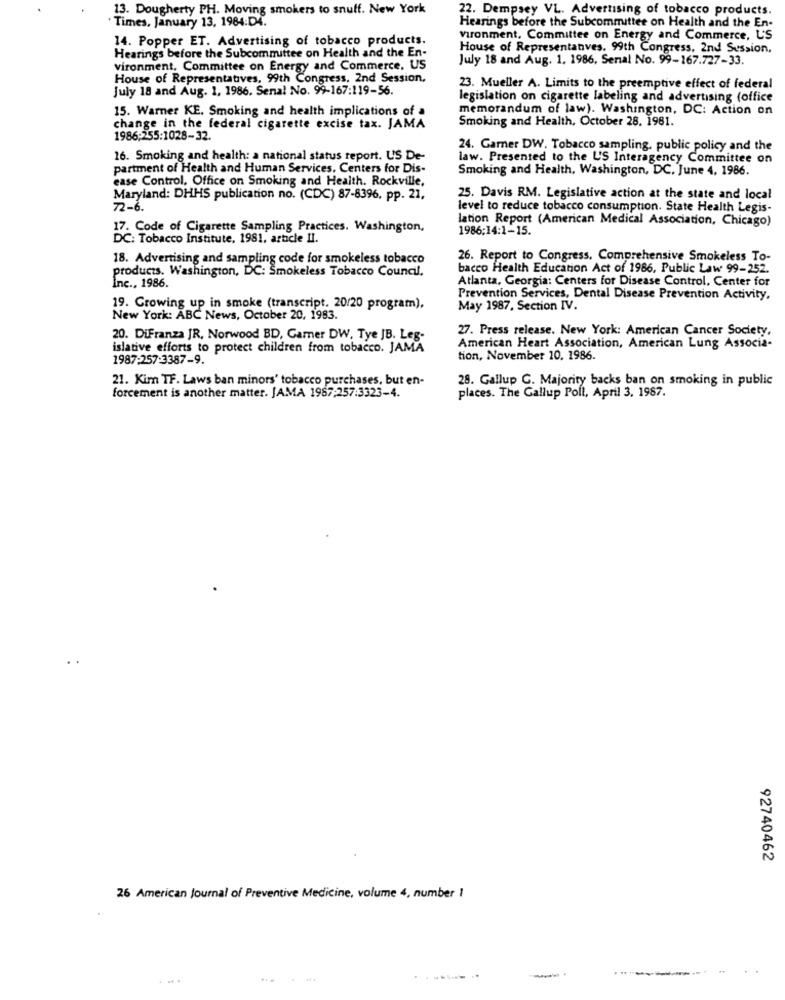
13. Dougherty PH. Moving smokers to snuff. New York
22. Dempsey VL. Advertising of tobacco products.
" Times, January 13, 1984:D4.
Hearings before the Subcommittee on Health and the En-
14. Popper ET. Advertising of tobacco products.
Vironment, Committee on Energy and Commerce, L'S
Hearings before the Subcommittee on Health and the En-
House of Representatives. 99th Congress, 2nd Session,
July 18 and Aug. 1. 1986, Senal No. 99-167.727-33.
vironment, Committee on Energy and Commerce, US
House of Representatives, 99th Congress, 2nd Session,
July 18 and Aug. 1. 1986. Senal No. 99-167:119-56.
23. Mueller A. Limits to the preemptive effect of federal
legislation on cigarette labeling and advertising (office
15. Warner KE. Smoking and health implications of a
memorandum of law). Washington, DC: Action on
Smoking and Health, October 28. 1981.
change in the federal cigarette excise tax. JAMA
1986:255:1028-32.
24. Garner DW. Tobacco sampling. public policy and the
16. Smoking and health: a national status report. US De-
law. Presented to the U'S Interagency Committee on
partment of Health and Human Services, Centers for Dis-
Smoking and Health, Washington, DC. June 4, 1986.
ease Control, Office on Smoking and Health. Rockville,
Maryland: DHHS publication no. (CDC) 87-8396, pp. 21,
25. Davis RM. Legislative action at the state and local
72-6.
level to reduce tobacco consumption. State Health Legis-
lation Report (American Medical Association, Chicago)
17. Code of Cigarette Sampling Practices. Washington,
1986:14:1-15.
DC: Tobacco Institute. 1981, article II.
18. Advertising and sampling code for smokeless tobacco
26. Report to Congress, Comprehensive Smokeless To-
products. Washington, DC: Smokeless Tobacco Council.
bacco Health Education Act of 1986, Public Law 99-252.
Atlanta, Georgia: Centers for Disease Control, Center for
Inc ., 1986.
Prevention Services, Dental Disease Prevention Activity,
19. Growing up in smoke (transcript. 20/20 program),
May 1987, Section IV.
New York: ABC News, October 20, 1983.
27. Press release. New York: American Cancer Society,
20. DiFranza JR, Norwood BD, Gamer DW, Tye JB. Leg-
islative efforts to protect children from tobacco. JAMA
American Heart Association, American Lung Associa-
1987:257:3387-9.
tion, November 10. 1986.
21. Kim TF. Laws ban minors' tobacco purchases, but en-
28. Gallup G. Majority backs ban on smoking in public
forcement is another matter. JAMA 1987:257:3323-4.
places. The Gallup Poll, April 3. 1987.
92740462
26 American Journal of Preventive Medicine, volume 4, number 1
.... .